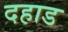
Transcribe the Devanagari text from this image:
दहाड